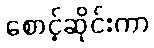
စောင့်ဆိုင်းကာ